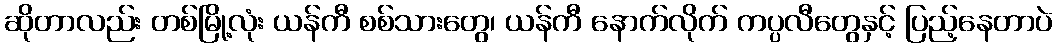
ဆိုတာလည်း တစ်မြို့လုံး ယန်ကီ စစ်သားတွေ၊ ယန်ကီ နောက်လိုက် ကပ္ပလီတွေနှင့် ပြည့်နေတာပဲ